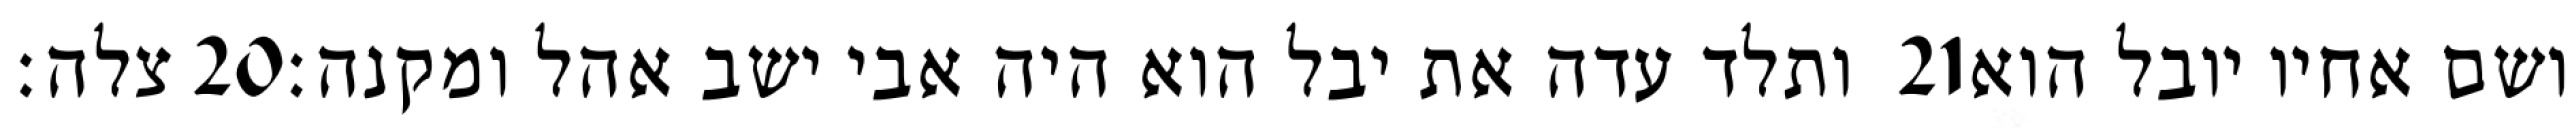
צלה׃ ‎20‏ ותלד עדה את יבל הוא היה אבי ישב אהל ומקנה׃ ‎21‏ ושם אחיו יובל הוא